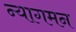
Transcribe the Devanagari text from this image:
न्यागमन